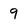
Character: 9